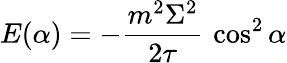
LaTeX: E(\alpha)=-{\frac{m^{2}\Sigma^{2}}{2\tau}}\, \cos^{2}\alpha